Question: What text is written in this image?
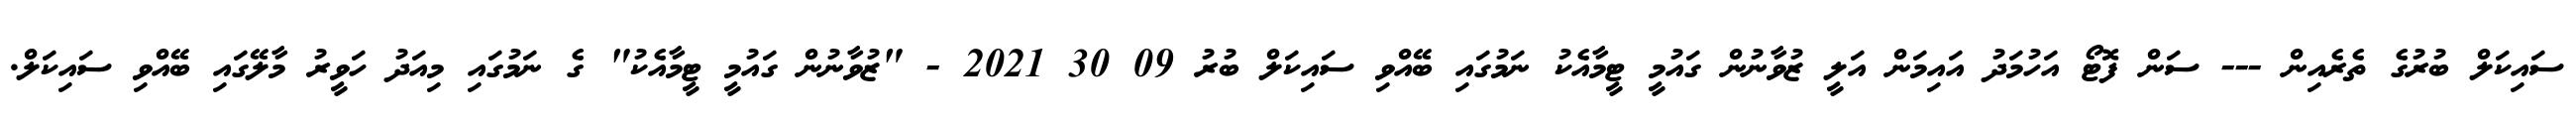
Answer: ސައިކަލް ބުރުގެ ތެރެއިން --- ސަން ފޮޓޯ އަހުމަދު އައިމަން އަލީ ޒުވާނުން ގައުމީ ޓީމާއެކު ނަމުގައި ބޭއްވި ސައިކަލް ބުރު 09 30 2021 - "ޒުވާނުން ގައުމީ ޓީމާއެކު" ގެ ނަމުގައި މިއަދު ހަވީރު މާލޭގައި ބޭއްވި ސައިކަލް.